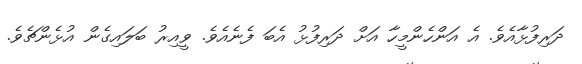
ދަރިފުޅާއެވެ. އެ އަންހެންމީހާ އަށް ދަރިފުޅު އެބަ ފެނެއެވެ. ވީއިރު ބަލައިގެން އުޅެންޗެވެ.